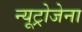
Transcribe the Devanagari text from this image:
न्यूट्रोजेना